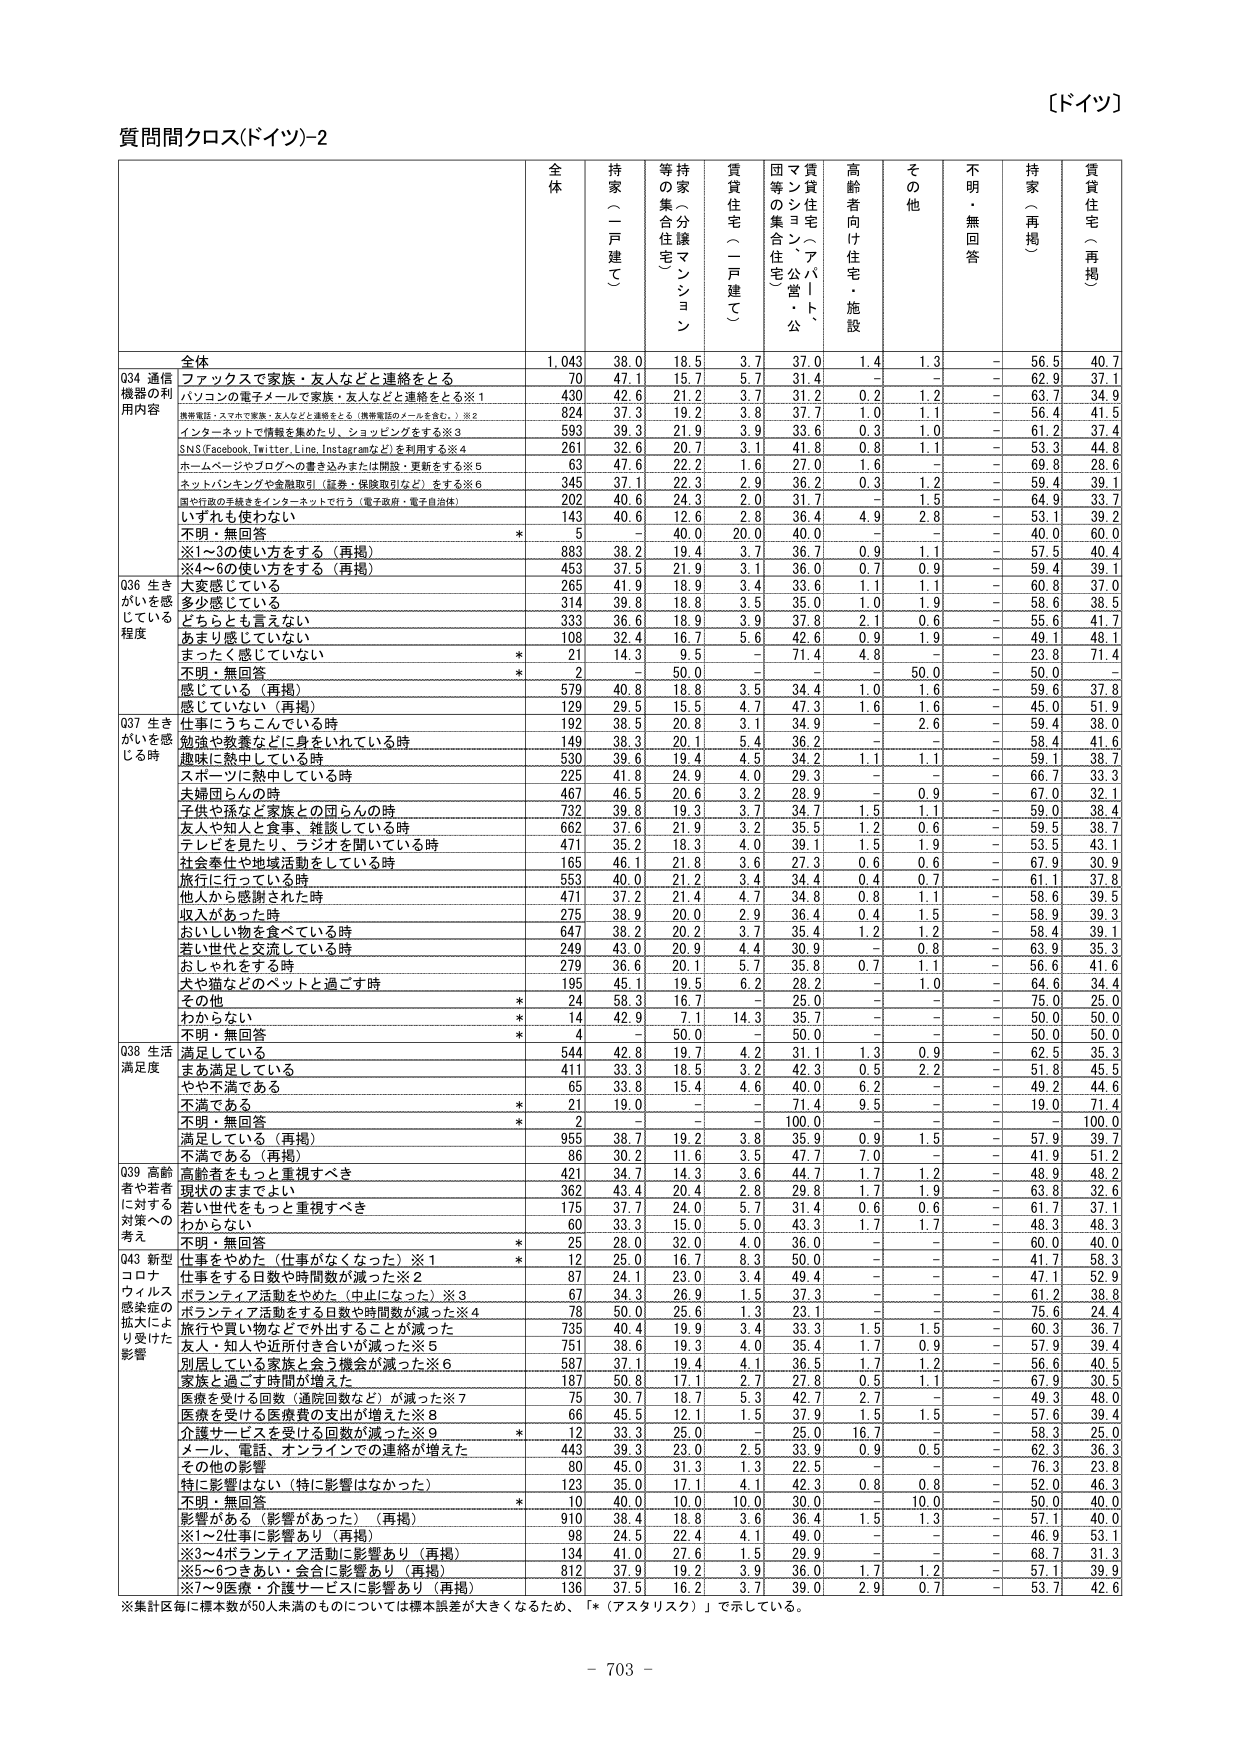
【ドイツ】

質問間クロス(ドイツ)-2

全体 持家（一戸建て） 持家（分譲マンション） 賃貸住宅（一戸建て） 賃貸住宅（アパート、マンション・公団等の集合住宅） 高齢者向け住宅・施設 その他 不明・無回答 持家（再掲） 賃貸住宅（再掲）

全体 1,043 38.0 18.5 3.7 37.0 1.4 1.3 - 56.5 40.7

Q34 通信機器の利用内容 ファックスで家族・友人などと連絡をとる 70 47.1 15.7 5.7 31.4 - - - 62.9 37.1
パソコンの電子メールで家族・友人などと連絡をとる※1 430 42.6 21.2 3.7 31.2 0.2 1.2 - 63.7 34.9
携帯電話・スマホで家族・友人などと連絡をとる（携帯電話のメールを含む。）※2 824 37.3 19.2 3.8 37.7 1.0 1.1 - 56.4 41.5
インターネットで情報を集めたり、ショッピングをする※3 593 39.3 21.9 3.9 33.6 0.3 1.0 - 61.2 37.4
SNS(Facebook, Twitter, Line, Instagramなど)を利用する※4 261 32.6 20.7 3.1 41.8 0.8 1.1 - 53.3 44.8
ホームページやブログへの書き込みまたは開設・更新をする※5 63 47.6 22.2 1.6 27.0 1.6 - - 69.8 28.6
ネットバンキングや金融取引（証券・保険取引など）をする※6 345 37.1 22.3 2.9 36.2 0.3 1.2 - 59.4 39.1
国や行政の手続きをインターネットで行う（電子政府・電子自治体） 202 40.6 24.3 2.0 31.7 - 1.5 - 64.9 33.7
いずれも使わない 143 40.6 12.6 2.8 36.4 4.9 2.8 - 53.1 39.2
不明・無回答 * 5 - 40.0 20.0 40.0 - - - 40.0 60.0
※1～3の使い方をする（再掲） 883 38.2 19.4 3.7 36.7 0.9 1.1 - 57.5 40.4
※4～6の使い方をする（再掲） 453 37.5 21.9 3.1 36.0 0.7 0.9 - 59.4 39.1

Q36 生きがいを感じている程度 大変感じている 265 41.9 18.9 3.4 33.6 1.1 1.1 - 60.8 37.0
多少感じている 314 39.8 18.8 3.5 35.0 1.0 1.9 - 58.6 38.5
どちらとも言えない 333 36.6 18.9 3.9 37.8 2.1 0.6 - 55.6 41.7
あまり感じていない 108 32.4 16.7 5.6 42.6 0.9 1.9 - 49.1 48.1
まったく感じていない * 21 14.3 9.5 - 71.4 4.8 - - 23.8 71.4
不明・無回答 * 2 - 50.0 - - - 50.0 - 50.0 -
感じている（再掲） 579 40.8 18.8 3.5 34.4 1.0 1.6 - 59.6 37.8
感じていない（再掲） 129 29.5 15.5 4.7 47.3 1.6 1.6 - 45.0 51.9

Q37 生きがいを感じる時 仕事にうろこんでいる時 192 38.5 20.8 3.1 34.9 - 2.6 - 59.4 38.0
勉強や教養などに身をいれている時 149 38.3 20.1 5.4 36.2 - - - 58.4 41.6
趣味に熱中している時 530 39.6 19.4 4.5 34.2 1.1 1.1 - 59.1 38.7
スポーツに熱中している時 225 41.8 24.9 4.0 29.3 - - - 66.7 33.3
夫婦団らんの時 467 46.5 20.6 3.2 28.9 - 0.9 - 67.0 32.1
子供や孫など家族との団らんの時 732 39.8 19.3 3.7 34.7 1.5 1.1 - 59.0 38.4
友人や知人と食事、雑談している時 662 37.6 21.9 3.2 35.5 1.2 0.6 - 59.5 38.7
テレビを見たり、ラジオを聞いている時 471 35.2 18.3 4.0 39.1 1.5 1.9 - 53.5 43.1
社会奉仕や地域活動をしている時 165 46.1 21.8 3.6 27.3 0.6 0.6 - 67.9 30.9
旅行に行っている時 553 40.0 21.2 3.4 34.4 0.4 0.7 - 61.1 37.8
他人から感謝された時 471 37.2 21.4 4.7 34.8 0.8 1.1 - 58.6 39.5
収入があった時 275 38.9 20.0 2.9 36.4 0.4 1.5 - 58.9 39.3
おいしい物を食べている時 647 38.2 20.2 3.7 35.4 1.2 1.2 - 58.4 39.1
若い世代と交流している時 249 43.0 20.9 4.4 30.9 - 0.8 - 63.9 35.3
おしゃれをする時 279 36.6 20.1 5.7 35.8 0.7 1.1 - 56.6 41.6
犬や猫などのペットと過ごす時 195 45.1 19.5 6.2 28.2 - 1.0 - 64.6 34.4
その他 * 24 58.3 16.7 - 25.0 - - - 75.0 25.0
わからない * 14 42.9 7.1 14.3 35.7 - - - 50.0 50.0
不明・無回答 * 4 - 50.0 - 50.0 - - - 50.0 50.0

Q38 生活満足度 満足している 544 42.8 19.7 4.2 31.1 1.3 0.9 - 62.5 35.3
まあ満足している 411 33.3 18.5 3.2 42.3 0.5 2.2 - 51.8 45.5
やや不満である 65 33.8 15.4 4.6 40.0 6.2 - - 49.2 44.6
不満である * 21 19.0 - - 71.4 9.5 - - 19.0 71.4
不明・無回答 * 2 - - - 100.0 - - - - 100.0
満足している（再掲） 955 38.7 19.2 3.8 35.9 0.9 1.5 - 57.9 39.7
不満である（再掲） 86 30.2 11.6 3.5 47.7 7.0 - - 41.9 51.2

Q39 高齢者や若者に対する対策への考え 高齢者をもっと重視すべき 421 34.7 14.3 3.6 44.7 1.7 1.2 - 48.9 48.2
現状のままでよい 362 43.4 20.4 2.8 29.8 1.7 1.9 - 63.8 32.6
若い世代をもっと重視すべき 175 37.7 24.0 5.7 31.4 0.6 0.6 - 61.7 37.1
わからない 60 33.3 15.0 5.0 43.3 1.7 1.7 - 48.3 48.3
不明・無回答 * 25 28.0 32.0 4.0 36.0 - - - 60.0 40.0

Q43 新型コロナウイルス感染症の拡大により受けた影響 仕事をやめた（仕事がなくなった）※1 * 12 25.0 16.7 8.3 50.0 - - - 41.7 58.3
仕事をする日数や時間数が減った※2 87 24.1 23.0 3.4 49.4 - - - 47.1 52.9
ボランティア活動をやめた（中止になった）※3 67 34.3 26.9 1.5 37.3 - - - 61.2 38.8
ボランティア活動をする日数や時間数が減った※4 78 50.0 25.6 1.3 23.1 - - - 75.6 24.4
旅行や買い物など外出することが減った 735 40.4 19.9 3.4 33.3 1.5 1.5 - 60.3 36.7
友人・知人や近所付き合いが減った※5 751 38.6 19.3 4.0 35.4 1.7 0.9 - 57.9 39.4
別居している家族と会う機会が減った※6 587 37.1 19.4 4.1 36.5 1.7 1.2 - 56.6 40.5
家族と過ごす時間が増えた 187 50.8 17.1 2.7 27.8 0.5 1.1 - 67.9 30.5
医療を受ける回数（通院回数など）が減った※7 75 30.7 18.7 5.3 42.7 2.7 - - 49.3 48.0
医療を受ける医療費の支出が増えた※8 66 45.5 12.1 1.5 37.9 1.5 1.5 - 57.6 39.4
介護サービスを受けた回数が減った※9 * 12 33.3 25.0 - 25.0 16.7 - - 58.3 25.0
メール、電話、オンラインでの連絡が増えた 443 39.3 23.0 2.5 33.9 0.9 0.5 - 62.3 36.3
その他の影響 80 45.0 31.3 1.3 22.5 - - - 76.3 23.8
特に影響はない（特に影響はなかった） 123 35.0 17.1 4.1 42.3 0.8 0.8 - 52.0 46.3
不明・無回答 * 10 40.0 10.0 10.0 30.0 - 10.0 - 50.0 40.0
影響がある（影響があった）（再掲） 910 38.4 18.8 3.6 36.4 1.5 1.3 - 57.1 40.0
※1～2仕事に影響あり（再掲） 98 24.5 22.4 4.1 49.0 - - - 46.9 53.1
※3～4ボランティア活動に影響あり（再掲） 134 41.0 27.6 1.5 29.9 - - - 68.7 31.3
※5～6つきあい・会合に影響あり（再掲） 812 37.9 19.2 3.9 36.0 1.7 1.2 - 57.1 39.9
※7～9医療・介護サービスに影響あり（再掲） 136 37.5 16.2 3.7 39.0 2.9 0.7 - 53.7 42.6

※集計区毎に標本数が50人未満のものについては標本誤差が大きくなるため、「*（アスタリスク）」で示している。

- 703 -